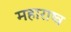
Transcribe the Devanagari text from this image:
महाराष्त्र